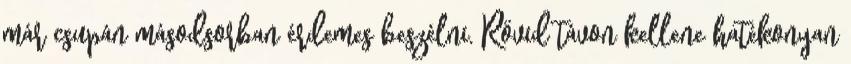
már csupán másodsorban érdemes beszélni. Rövid távon kellene hatékonyan